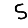
Digit: 5